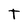
Character: t